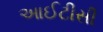
આઈટીસી